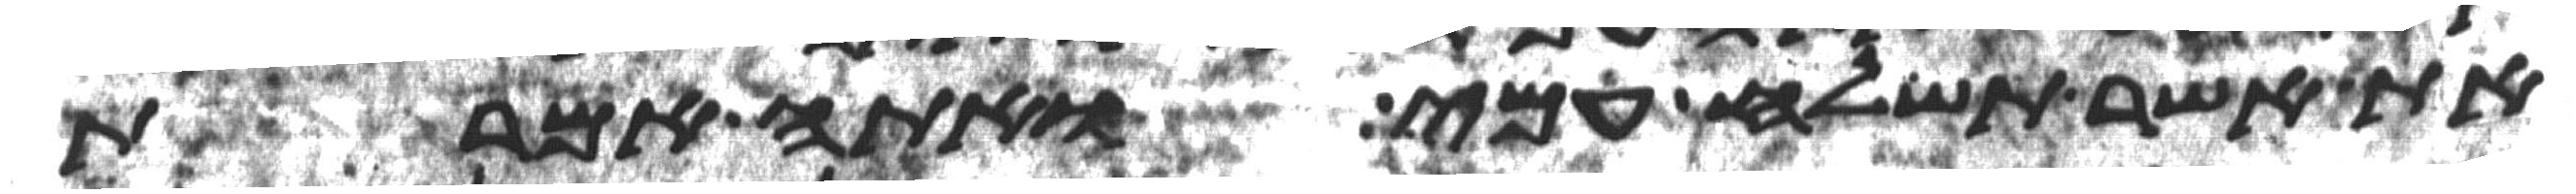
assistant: את אשר תשלח עמי ואתה אמרת